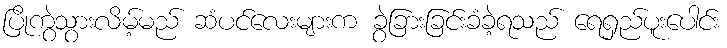
ပြိုကွဲသွားလိမ့်မည် ဆံပင်လေးများက ခွဲခြားခြင်းခံခဲ့ရသည် ရေရှည်ပူးပေါင်း